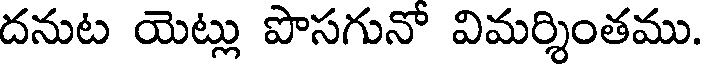
దనుట యెట్లు పొసగునో విమర్శింతము.